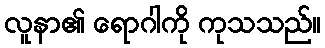
လူနာ၏ ရောဂါကို ကုသသည်။